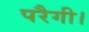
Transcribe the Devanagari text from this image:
परैगी।